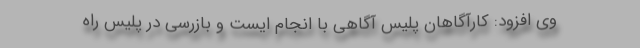
وی افزود: کارآگاهان پلیس آگاهی با انجام ایست و بازرسی در پلیس راه